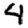
Digit: 4